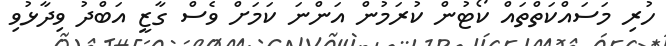
ހުރި މަސައްކަތްތައް ކޯޓުން ކުރަމުން އަންނަ ކަމަށް ވެސް ގާޒީ އަބްދު ވިދާޅުވި